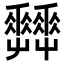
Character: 𡴬